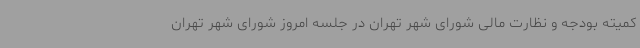
کمیته بودجه و نظارت مالی شورای شهر تهران در جلسه امروز شورای شهر تهران